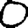
Digit: 0